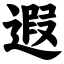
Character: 遐